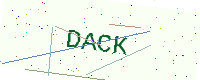
Text: DACK